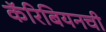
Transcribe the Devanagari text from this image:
कॅरिबियनची